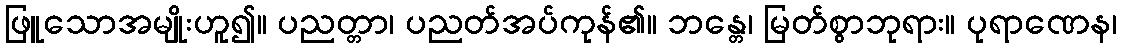
ဖြူသောအမျိုးဟူ၍။ ပညတ္တာ၊ ပညတ်အပ်ကုန်၏။ ဘန္တေ၊ မြတ်စွာဘုရား။ ပုရာဏေန၊